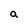
Character: a